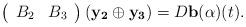
LaTeX: \begin{align*}\left(\begin{array}{cc}B_2 & B_3 \end{array}\right)(\mathbf{y_2} \oplus \mathbf{y_3}) = D\mathbf{b}(\alpha)(t).\end{align*}